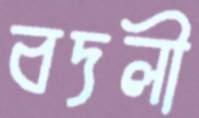
বদলী